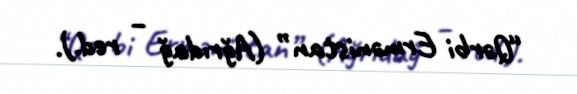
“Qərbi Ermənistan” (Ağrıdağ – red.).